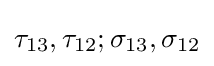
{\tau _{13}},{\tau _{12}};{\sigma _{13}},{\sigma _{12}}